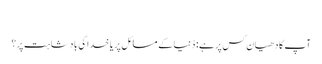
‏
آپ کا دھیان کس پر ہے:‏ دُنیا کے مسائل پر یا خدا کی بادشاہت پر؟